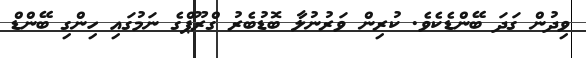
ވިދުން ގަދަ ބޭންޑެކެވެ. ކުރިން ވަރުނުލާ ބޮޑުބެރު ގްރޫޕްގެ ނަމުގައި ހިންގި ބޭންޑް